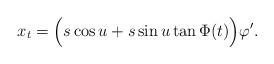
LaTeX: \begin{align*} x_t =\Big( s \cos u +s \sin u \tan \Phi(t) \Big)\varphi^{\prime}.\end{align*}